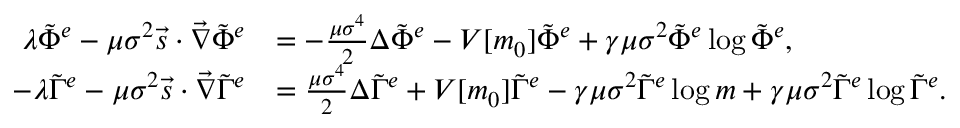
\begin{array} { r l } { \lambda \tilde { \Phi } ^ { e } - \mu \sigma ^ { 2 } \vec { s } \cdot \vec { \nabla } \tilde { \Phi } ^ { e } } & { = - \frac { \mu \sigma ^ { 4 } } { 2 } \Delta \tilde { \Phi } ^ { e } - V [ m _ { 0 } ] \tilde { \Phi } ^ { e } + \gamma \mu \sigma ^ { 2 } \tilde { \Phi } ^ { e } \log { \tilde { \Phi } ^ { e } } , } \\ { - \lambda \tilde { \Gamma } ^ { e } - \mu \sigma ^ { 2 } \vec { s } \cdot \vec { \nabla } \tilde { \Gamma } ^ { e } } & { = \frac { \mu \sigma ^ { 4 } } { 2 } \Delta \tilde { \Gamma } ^ { e } + V [ m _ { 0 } ] \tilde { \Gamma } ^ { e } - \gamma \mu \sigma ^ { 2 } \tilde { \Gamma } ^ { e } \log { m } + \gamma \mu \sigma ^ { 2 } \tilde { \Gamma } ^ { e } \log { \tilde { \Gamma } ^ { e } } . } \end{array}